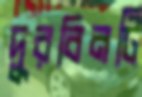
দুরবিনটি